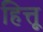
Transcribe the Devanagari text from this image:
हित्तू